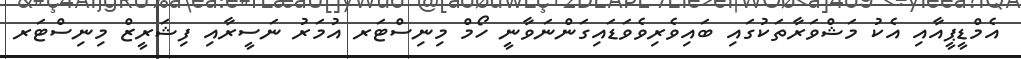
އެމްޑީޕީއާއި އެކު މަޝްވަރާތަކުގައި ބައިވެރިވެވަޑައިގަންނަވާނީ ހޯމް މިނިސްޓަރ އުމަރު ނަސީރާއި ފިޝަރީޒް މިނިސްޓަރ